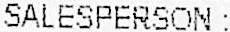
SALESPERSON :